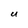
Character: U